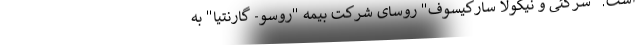
است. "سرگئی و نیکولا سارکیسوف" روسای شرکت بیمه "روسو- گارنتیا" به